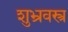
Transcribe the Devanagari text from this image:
शुभ्रवस्त्र